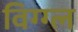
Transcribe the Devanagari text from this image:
विग्ग्ल